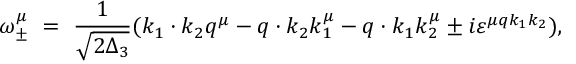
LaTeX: \omega _ { \pm } ^ { \mu } \ = \ \frac { 1 } { \sqrt { 2 \Delta _ { 3 } } } ( k _ { 1 } \cdot k _ { 2 } q ^ { \mu } - q \cdot k _ { 2 } k _ { 1 } ^ { \mu } - q \cdot k _ { 1 } k _ { 2 } ^ { \mu } \pm i \varepsilon ^ { \mu q k _ { 1 } k _ { 2 } } ) ,